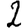
Digit: 2